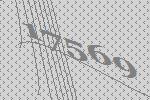
17569